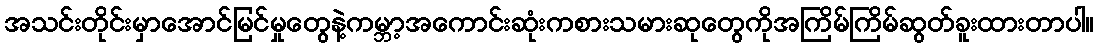
အသင်းတိုင်းမှာအောင်မြင်မှုတွေနဲ့ကမ္ဘာ့အကောင်းဆုံးကစားသမားဆုတွေကိုအကြိမ်ကြိမ်ဆွတ်ခူးထားတာပါ။